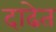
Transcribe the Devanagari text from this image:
दाढेत